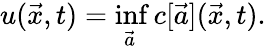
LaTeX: u(\vec{x},t)=\operatorname*{inf}_{\vec{a}}c[\vec{a}](\vec{x},t).